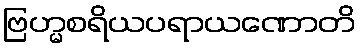
ဗြဟ္မစရိယပရာယဏောတိ